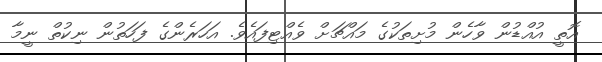
އޮތީ އުއްޑުން ވާހެން މުށިތަކުގެ މައްޗަށް ވެއްޓިފައެވެ. އަހަރެންގެ ފަހަތުން ނިކުތް ނީމާ